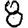
Digit: 8